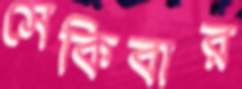
সেকিবার